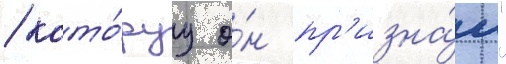
/ кото́руу о́н пр'изна́л"